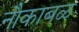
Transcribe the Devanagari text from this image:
नौकाबळ